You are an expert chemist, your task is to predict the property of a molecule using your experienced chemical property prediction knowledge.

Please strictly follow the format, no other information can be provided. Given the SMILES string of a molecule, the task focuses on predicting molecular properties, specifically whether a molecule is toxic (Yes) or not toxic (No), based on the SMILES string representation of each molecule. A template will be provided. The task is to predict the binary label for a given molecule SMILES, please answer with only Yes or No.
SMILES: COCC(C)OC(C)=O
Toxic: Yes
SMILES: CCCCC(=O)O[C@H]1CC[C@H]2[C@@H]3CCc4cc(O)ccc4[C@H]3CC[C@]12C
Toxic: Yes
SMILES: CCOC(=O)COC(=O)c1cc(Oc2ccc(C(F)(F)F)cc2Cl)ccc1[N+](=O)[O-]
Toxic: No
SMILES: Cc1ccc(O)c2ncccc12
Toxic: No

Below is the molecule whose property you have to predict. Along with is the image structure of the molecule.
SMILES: CCCCCCCCOCCCN
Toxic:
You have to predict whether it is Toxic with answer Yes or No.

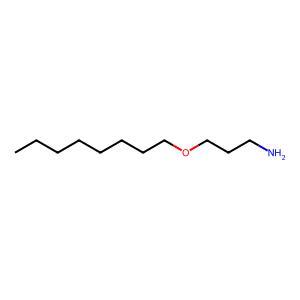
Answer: No